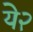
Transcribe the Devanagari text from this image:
ये२